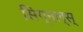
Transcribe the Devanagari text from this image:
सिग्नल्स्